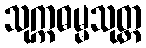
သုက္ကဓမ္မသုတ္တ